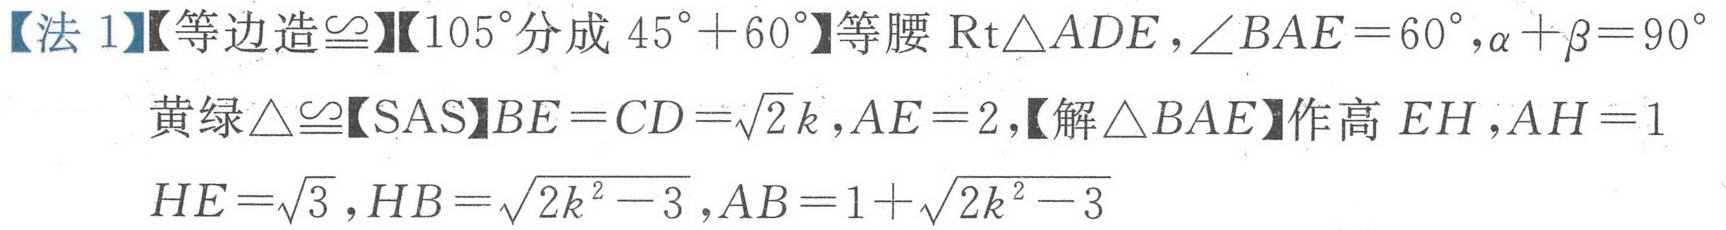
【法 1】【等边造\(\cong\)】【\(105^{\circ}\)分成\(45^{\circ}+60^{\circ}\)】等腰\(\text{Rt}\triangle ADE\)，\(\angle BAE = 60^{\circ}\)，\(\alpha+\beta = 90^{\circ}\)
黄绿\(\triangle\cong\)【\(SAS\)】\(BE = CD=\sqrt{2}k\)，\(AE = 2\)，【解\(\triangle BAE\)】作高\(EH\)，\(AH = 1\)
\(HE=\sqrt{3}\)，\(HB=\sqrt{2k^{2}-3}\)，\(AB = 1+\sqrt{2k^{2}-3}\)